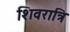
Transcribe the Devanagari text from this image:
शिवरात्रि